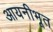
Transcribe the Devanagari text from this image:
आयनीभूत